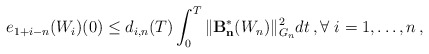
\begin{align*}e_{1+i-n}(W_i)(0) \le d_{i,n}(T) \int_0^T \| \mathcal{\mathbf{B^{\ast}_n}}(W_n) \|_{G_{n}}^2 dt \,,\forall \ i=1, \ldots, n \,,\end{align*}